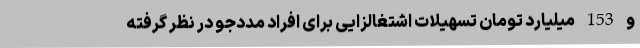
و 153 میلیارد تومان تسهیلات اشتغالزایی برای افراد مددجو در نظر گرفته